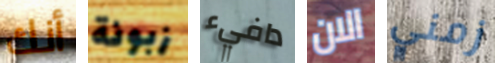
أنك زبونة دافيء الان زمني